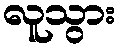
လူသွား